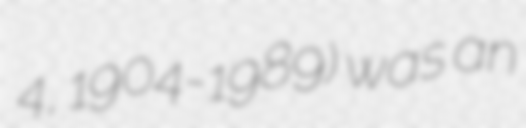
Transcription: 4, 1904-1989) was an